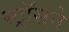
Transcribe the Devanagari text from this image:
स्ट्रॉसने